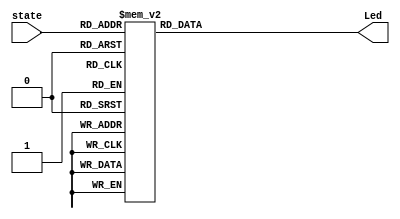
// Project 6 - decoder
// Justin Maeder
// CECS 201
// 11/26/17

module decoder(state, Led);
input [2:0] state;
output [7:0] Led;

reg   [7:0] Led;

always@(*)
case(state)
  	3'b000 : Led = 8'b00000001;
	3'b001 : Led = 8'b00000010;
	3'b010 : Led = 8'b00000100;
	3'b011 : Led = 8'b00001000;
	3'b100 : Led = 8'b00010000;
	3'b101 : Led = 8'b00100000;
	3'b110 : Led = 8'b01000000;
	3'b111 : Led = 8'b10000000;
	endcase

endmodule